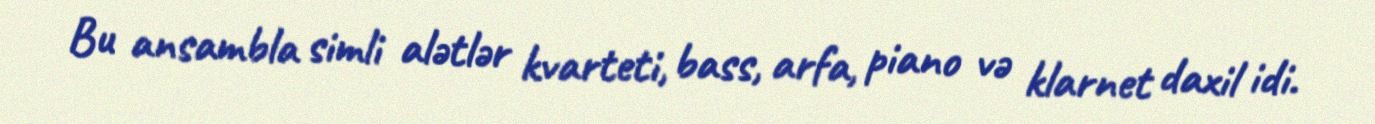
Bu ansambla simli alətlər kvarteti, bass, arfa, piano və klarnet daxil idi.